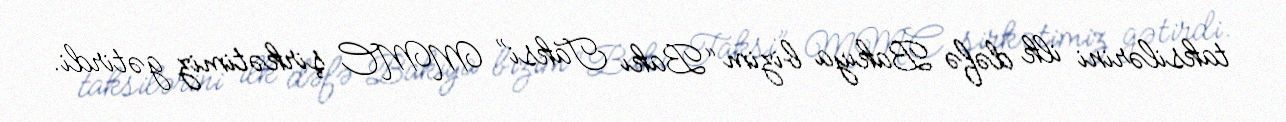
taksilərini ilk dəfə Bakıya bizim “Bakı Taksi” MMC şirkətimiz gətirdi.